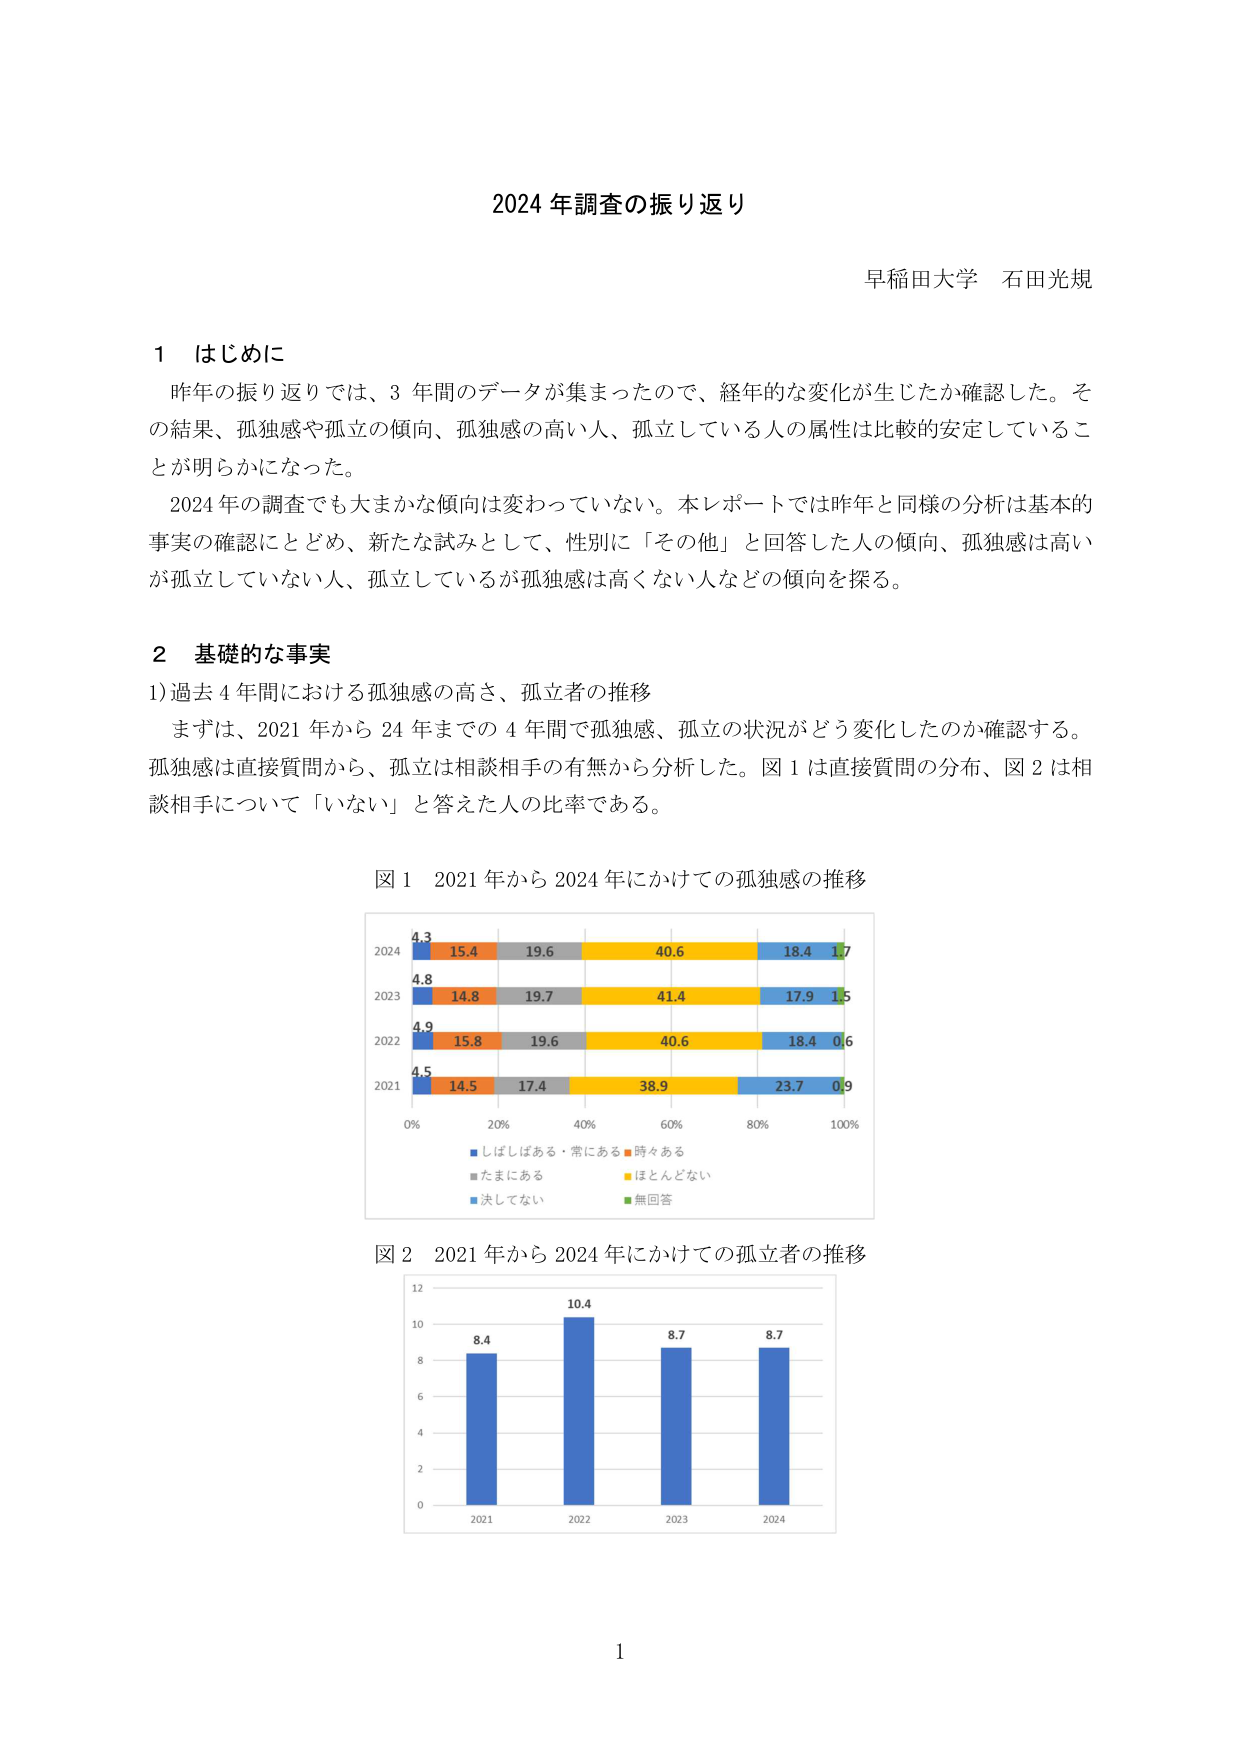
2024 年調査の振り返り
早稲田大学 石田光規

1 はじめに
昨年の振り返りでは、3 年間のデータが集まったので、経年的な変化が生じたか確認した。その結果、孤独感や孤立の傾向、孤独感の高い人、孤立している人の属性は比較的安定していることが明らかになった。
2024年の調査でも大まかな傾向は変わっていない。本レポートでは昨年と同様の分析は基本的事実の確認にとどめ、新たな試みとして、性別に「その他」と回答した人の傾向、孤独感は高いが孤立していない人、孤立しているが孤独感は高くない人などの傾向を探る。

2 基礎的な事実
1) 過去 4 年間における孤独感の高さ、孤立者の推移
まずは、2021 年から 24 年までの 4 年間で孤独感、孤立の状況がどう変化したのか確認する。孤独感は直接質問から、孤立は相談相手の有無から分析した。図 1 は直接質問の分布、図 2 は相談相手について「いない」と答えた人の比率である。

図 1 2021 年から 2024 年にかけての孤独感の推移
2024 4.3 15.4 19.6 40.6 18.4 1.7
2023 4.8 14.8 19.7 41.4 17.9 1.5
2022 4.9 15.8 19.6 40.6 18.4 0.6
2021 4.5 14.5 17.4 38.9 23.7 0.9
0% 20% 40% 60% 80% 100%
■ しばしばある・常にあり ■ 時々ある
■ たまにある ■ ほとんどない
■ 決してない ■ 無回答

図 2 2021 年から 2024 年にかけての孤立者の推移
12
10 8.4 10.4 8.7 8.7
8
6
4
2
0
2021 2022 2023 2024

1